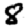
Digit: 8